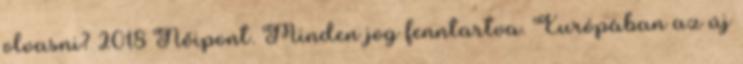
olvasni? 2018 Nőipont. Minden jog fenntartva. Európában az új